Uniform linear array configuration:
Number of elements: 32
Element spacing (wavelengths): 0.5
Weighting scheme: cosine
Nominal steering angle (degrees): -30
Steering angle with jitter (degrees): -28.772
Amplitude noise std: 0.05
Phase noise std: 0.05

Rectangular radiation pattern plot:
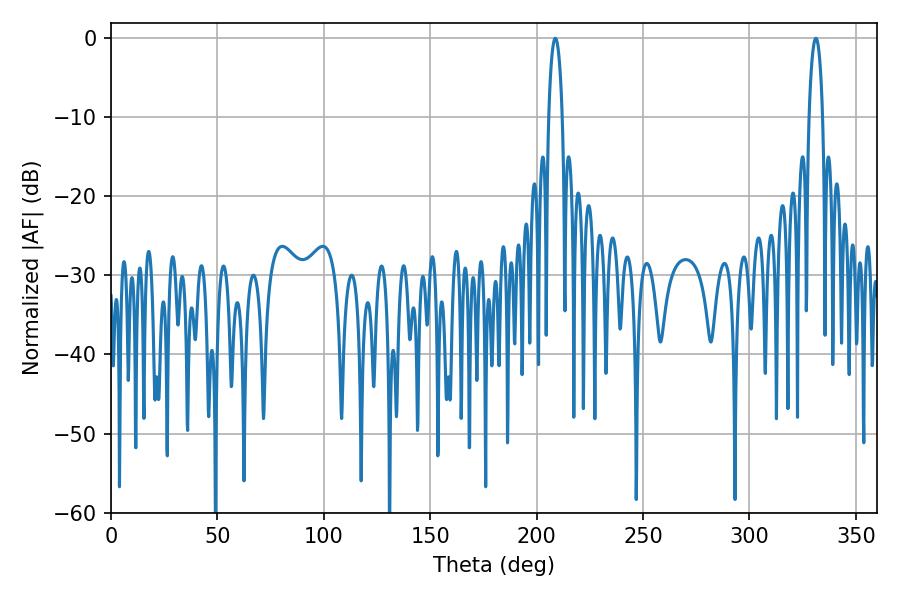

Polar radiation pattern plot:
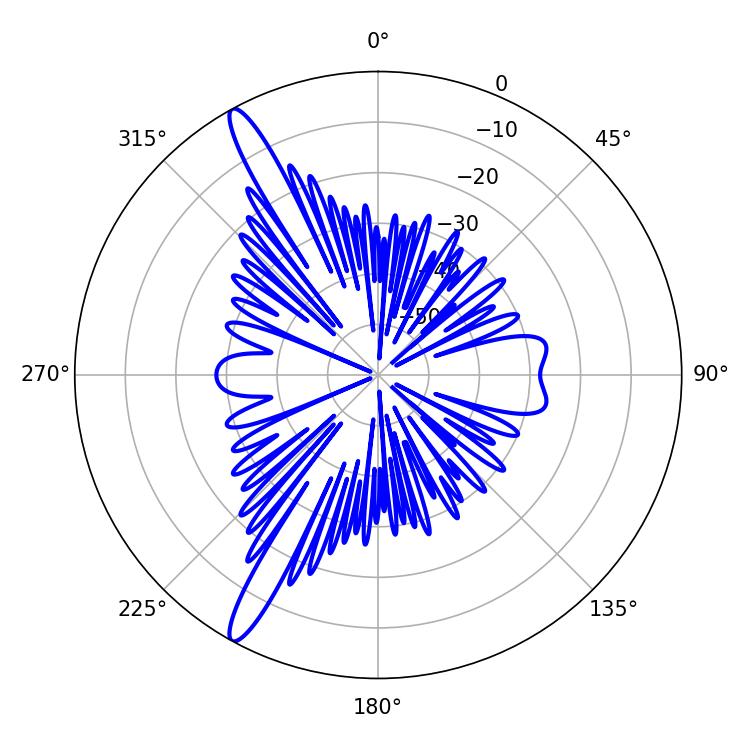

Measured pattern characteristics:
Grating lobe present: FALSE
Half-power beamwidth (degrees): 3.6
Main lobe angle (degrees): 208.8